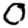
Digit: 0